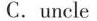
C.uncle